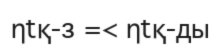
ηtқ-з =< ηtқ-ды